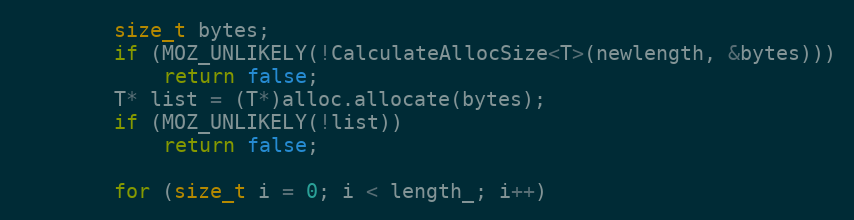
Language: C
        size_t bytes;
        if (MOZ_UNLIKELY(!CalculateAllocSize<T>(newlength, &bytes)))
            return false;
        T* list = (T*)alloc.allocate(bytes);
        if (MOZ_UNLIKELY(!list))
            return false;

        for (size_t i = 0; i < length_; i++)